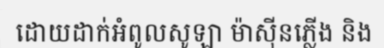
ដោយដាក់អំពូលសូឡា ម៉ាស៊ីនភ្លើង និង